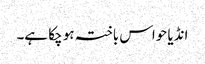
انڈیا حواس باختہ ہو چکا ہے۔